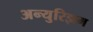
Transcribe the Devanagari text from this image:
अन्युरिझम